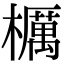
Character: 櫔